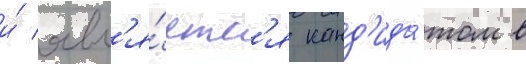
и́ явл'я́етс'я канд'ида́том в